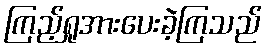
ကြည့်ရှုအားပေးခဲ့ကြသည်